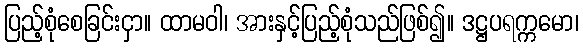
ပြည့်စုံစေခြင်းငှာ။ ထာမဝါ၊ အားနှင့်ပြည့်စုံသည်ဖြစ်၍။ ဒဋ္ဌပရက္ကမော၊